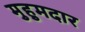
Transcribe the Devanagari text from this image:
मुहुमदार